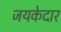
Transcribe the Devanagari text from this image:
जयकेदार